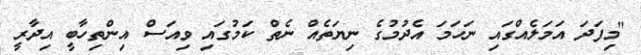
"މިފަދަ އަމަލެއްގައި ނަހަމަ އެދުމުގެ ނިޔަތެއް ނެތް ކަމުގައި ވިއަސް އިންތިހާބީ އިދާރީ